Vaccination in Bombay 1889-1901 - 1889-1901
Year: 1889
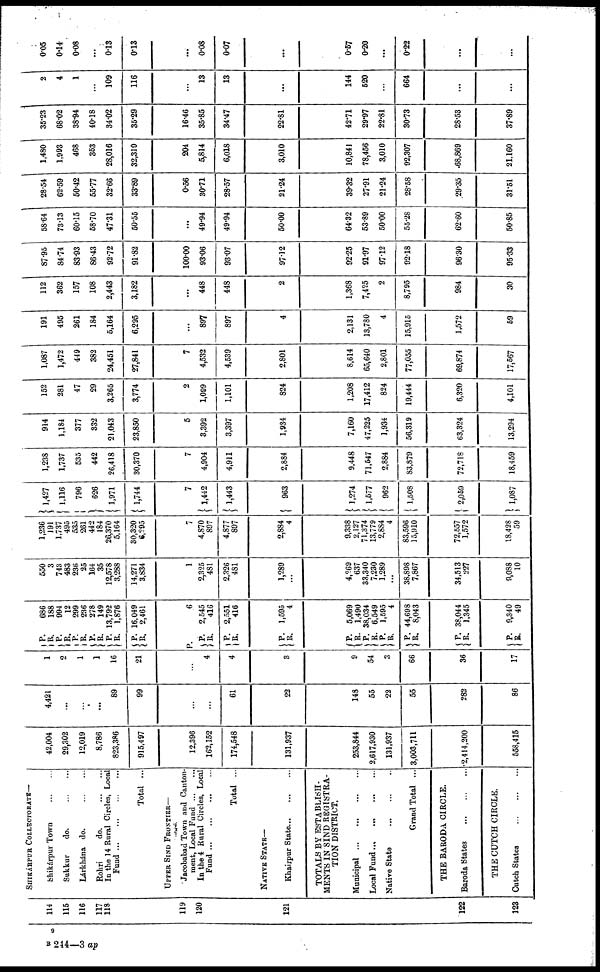
114
115
116
117
118
119
120
121
122
123
SHIKÁRPUR COLLECTORATE—
Shikárpur Town
...
...
Sukkur
do.
...
...
Lárkhána do.
...
...
Rohri
do.
...
...
In the 14 Rural Circles, Local
Fund...
...
...
...
Total ...
UPPER SIND FORONTIER—
Jacobabad Town and Canton-
ment, Local
Fund...
...
In the 4 Rural Circles, Local
Fund...
...
...
...
Total ...
NATIVE STATES—
Khairpur State...
...
...
TOTALS BY ESTABLISH-
MENTS IN SIND REGISTRA-
TION DISTRICT.
Municipal...
...
...
...
Local Fund... ... ... ...
Native State ... ... ...
Grand Total ...
THE BARODA CIRCLE.
Baroda States
...
...
...
THE CUTCH CIRCLE.
Cutch States
...
...
...
42,004
29,302
12,019
8,786
823,386
915,497
12,396
162,152
174,548
131,937
253,844
2,617,930
131,937
3,003,711
2,414,200
558,415
4,421
...
...
...
89
99
...
...
61
22
148
55
22
55
282
86
1
2
1
1
16
21
...
4
4
3
9
54
3
66
36
17
P.
R.
P.
R.
P.
R.
P.
R.
P.
R.
P.
R.
686
188
994
12
299
236
278
149
13,792
1,876
16,049
2,461
P.
P.
R.
P.
R.
6
2,545
416
2,551
416
P.
R.
1,595
4
P.
R.
P.
R.
P.
R.
P.
R.
5,069
1,490
38,034
6,549
1,595
4
44,698
8,043
P.
R.
38,044
1,345
P.
R.
9,340
49
550
3
743
483
236
25
164
35
12,578
3,288
14,271
3,834
1
2,325
481
2,326
481
1,289
...
4,269
637
33,340
7,230
1,289
...
38,898
7,867
34,513
227
9,088
10
1,236
191
1,737
495
535
261
442
184
26,370
5,164
30,320
6,295
7
4,870
897
4,877
897
2,884
4
9,338
2,127
71,374
13,779
2,884
4
83,596
15,910
72,557
1,572
18,428
59
1,427
1,116
796
626
1,971
1,744
7
1,442
1,443
963
1,274
1,577
962
1,508
2,059
1,087
1,238
1,737
535
442
26,418
30,370
7
4,904
4,911
2,884
9,448
71,547
2,884
83,879
72,718
18,459
914
1,184
377
332
21,043
23,850
5
3,392
3,397
1,934
7,160
47,225
1,934
56,319
63,324
13,294
152
281
47
29
3,265
3,774
2
1,099
1,101
824
1,208
17,412
824
19,444
6,320
4,101
1,087
1,472
449
382
24,451
27,841
7
4,532
4,539
2,801
8,614
65,640
2,801
77,055
69,874
17,567
191
495
261
184
5,164
6,295
...
897
897
4
2,131
13,780
4
15,915
1,572
59
112
362
157
108
2,443
3,182
...
448
448
2
1,368
7,425
2
8,795
984
30
87.95
84.74
83.93
86.43
92.72
91.82
100.00
93.06
93.07
97.12
92.25
91.97
97.12
92.18
96.30
95.33
58.64
73.13
60.15
58.70
47.31
50.55
...
49.94
49.94
50.00
64.32
53.89
50.00
55.28
62.60
50.85
28.54
62.59
50.42
55.77
32.66
33.89
0.56
30.71
28.57
21.24
39.32
27.91
21.24
28.58
29.35
31.51
1,480
1,993
468
353
28,016
32,310
204
5,814
6,018
3,010
10,841
78,456
3,010
92,307
68,869
21,160
35.23
68.02
38.94
40.18
34.02
35.29
16.46
35.85
34.47
22.81
42.71
29.97
22.81
30.73
28.53
37.89
2
4
1
...
109
116
...
13
13
...
144
520
...
664
...
...
0.05
0.14
0.08
...
0.13
0.13
...
0.08
0.07
...
0.57
0.20
...
0.22
...
...
B 244—3 ap
9